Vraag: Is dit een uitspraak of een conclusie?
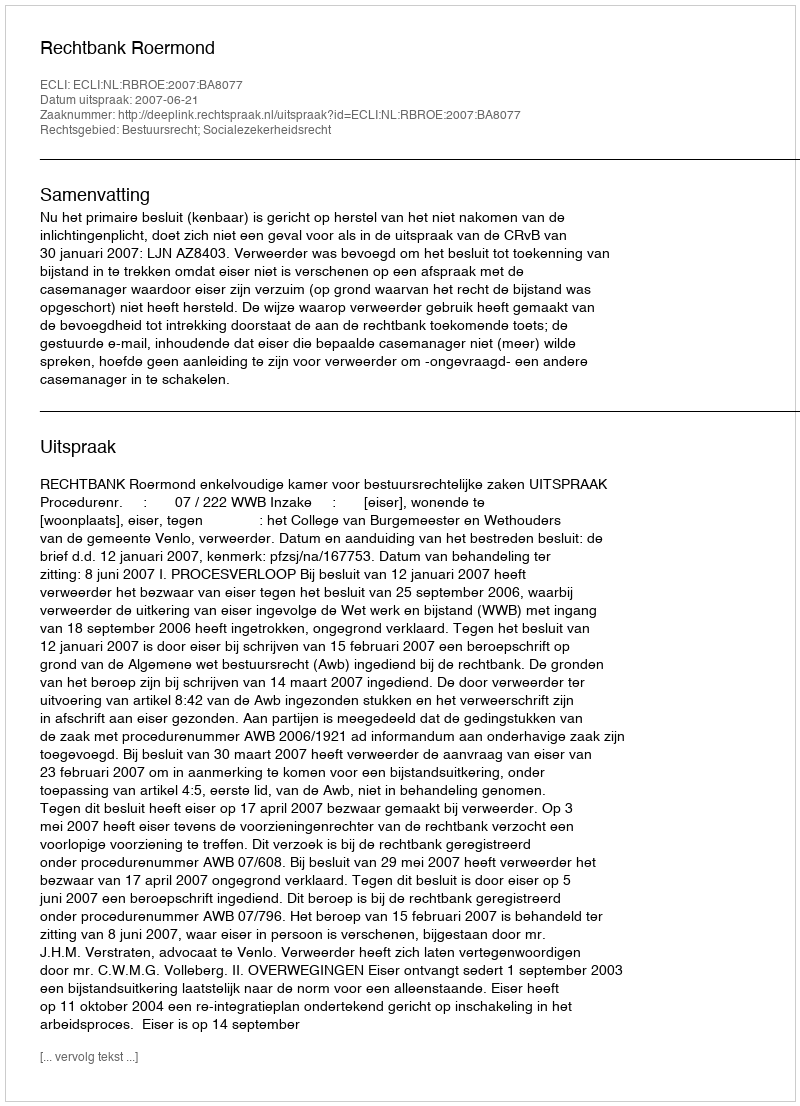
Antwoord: Uitspraak